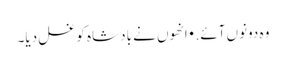
وہ دونوں آئے. • انھوں نے بادشاہ کو غسل دیا۔